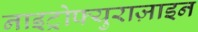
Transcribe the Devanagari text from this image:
नाइट्रोफ्युराज़ाइन